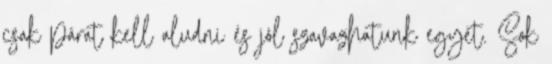
csak párat kell aludni és jól szavazhatunk egyet. Sok